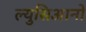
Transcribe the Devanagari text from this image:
ल्युसिआनो